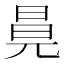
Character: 㫯